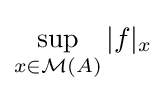
\sup _{x\in {\mathcal {M}}(A)}|f|_{x}